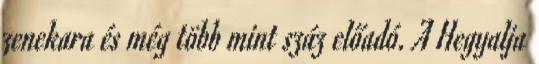
zenekara és még több mint száz előadó. A Hegyalja